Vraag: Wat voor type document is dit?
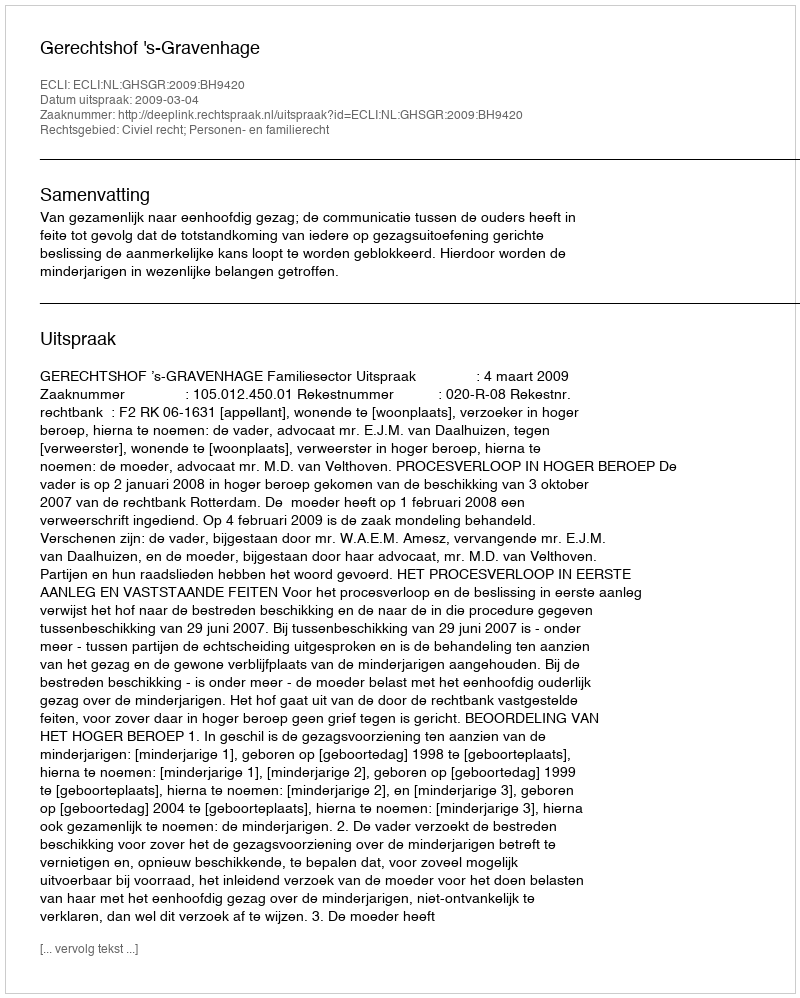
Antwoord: Uitspraak